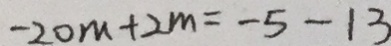
- 2 0 m + 2 m = - 5 - 1 3